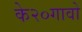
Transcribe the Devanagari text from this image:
के२०गावो